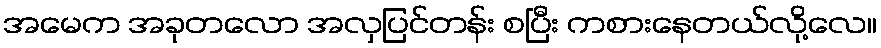
အမေက အခုတလော အလှပြင်တန်း စပြီး ကစားနေတယ်လို့လေ။